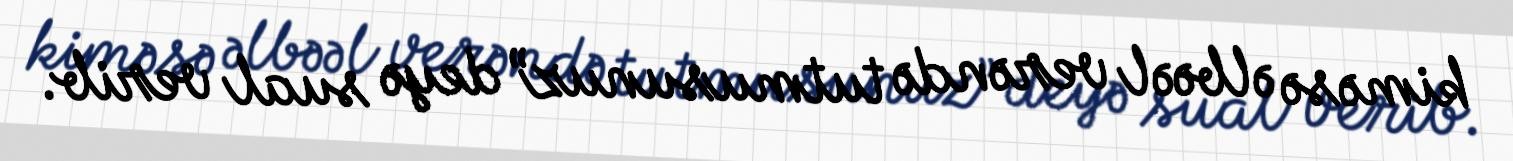
kiməsə əlbəəl verəndə tutmusunuz” deyə sual verib.